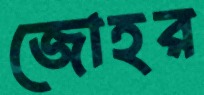
জোহর